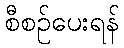
စီစဉ်ပေးရန်